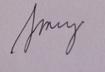
Signature authenticity: genuine